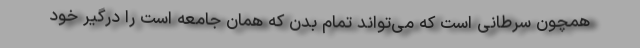
همچون سرطانی است که می‌تواند تمام بدن که همان جامعه است را درگیر خود